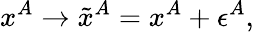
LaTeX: x^{A}\rightarrow\tilde{x}^{A}=x^{A}+\epsilon^{A},